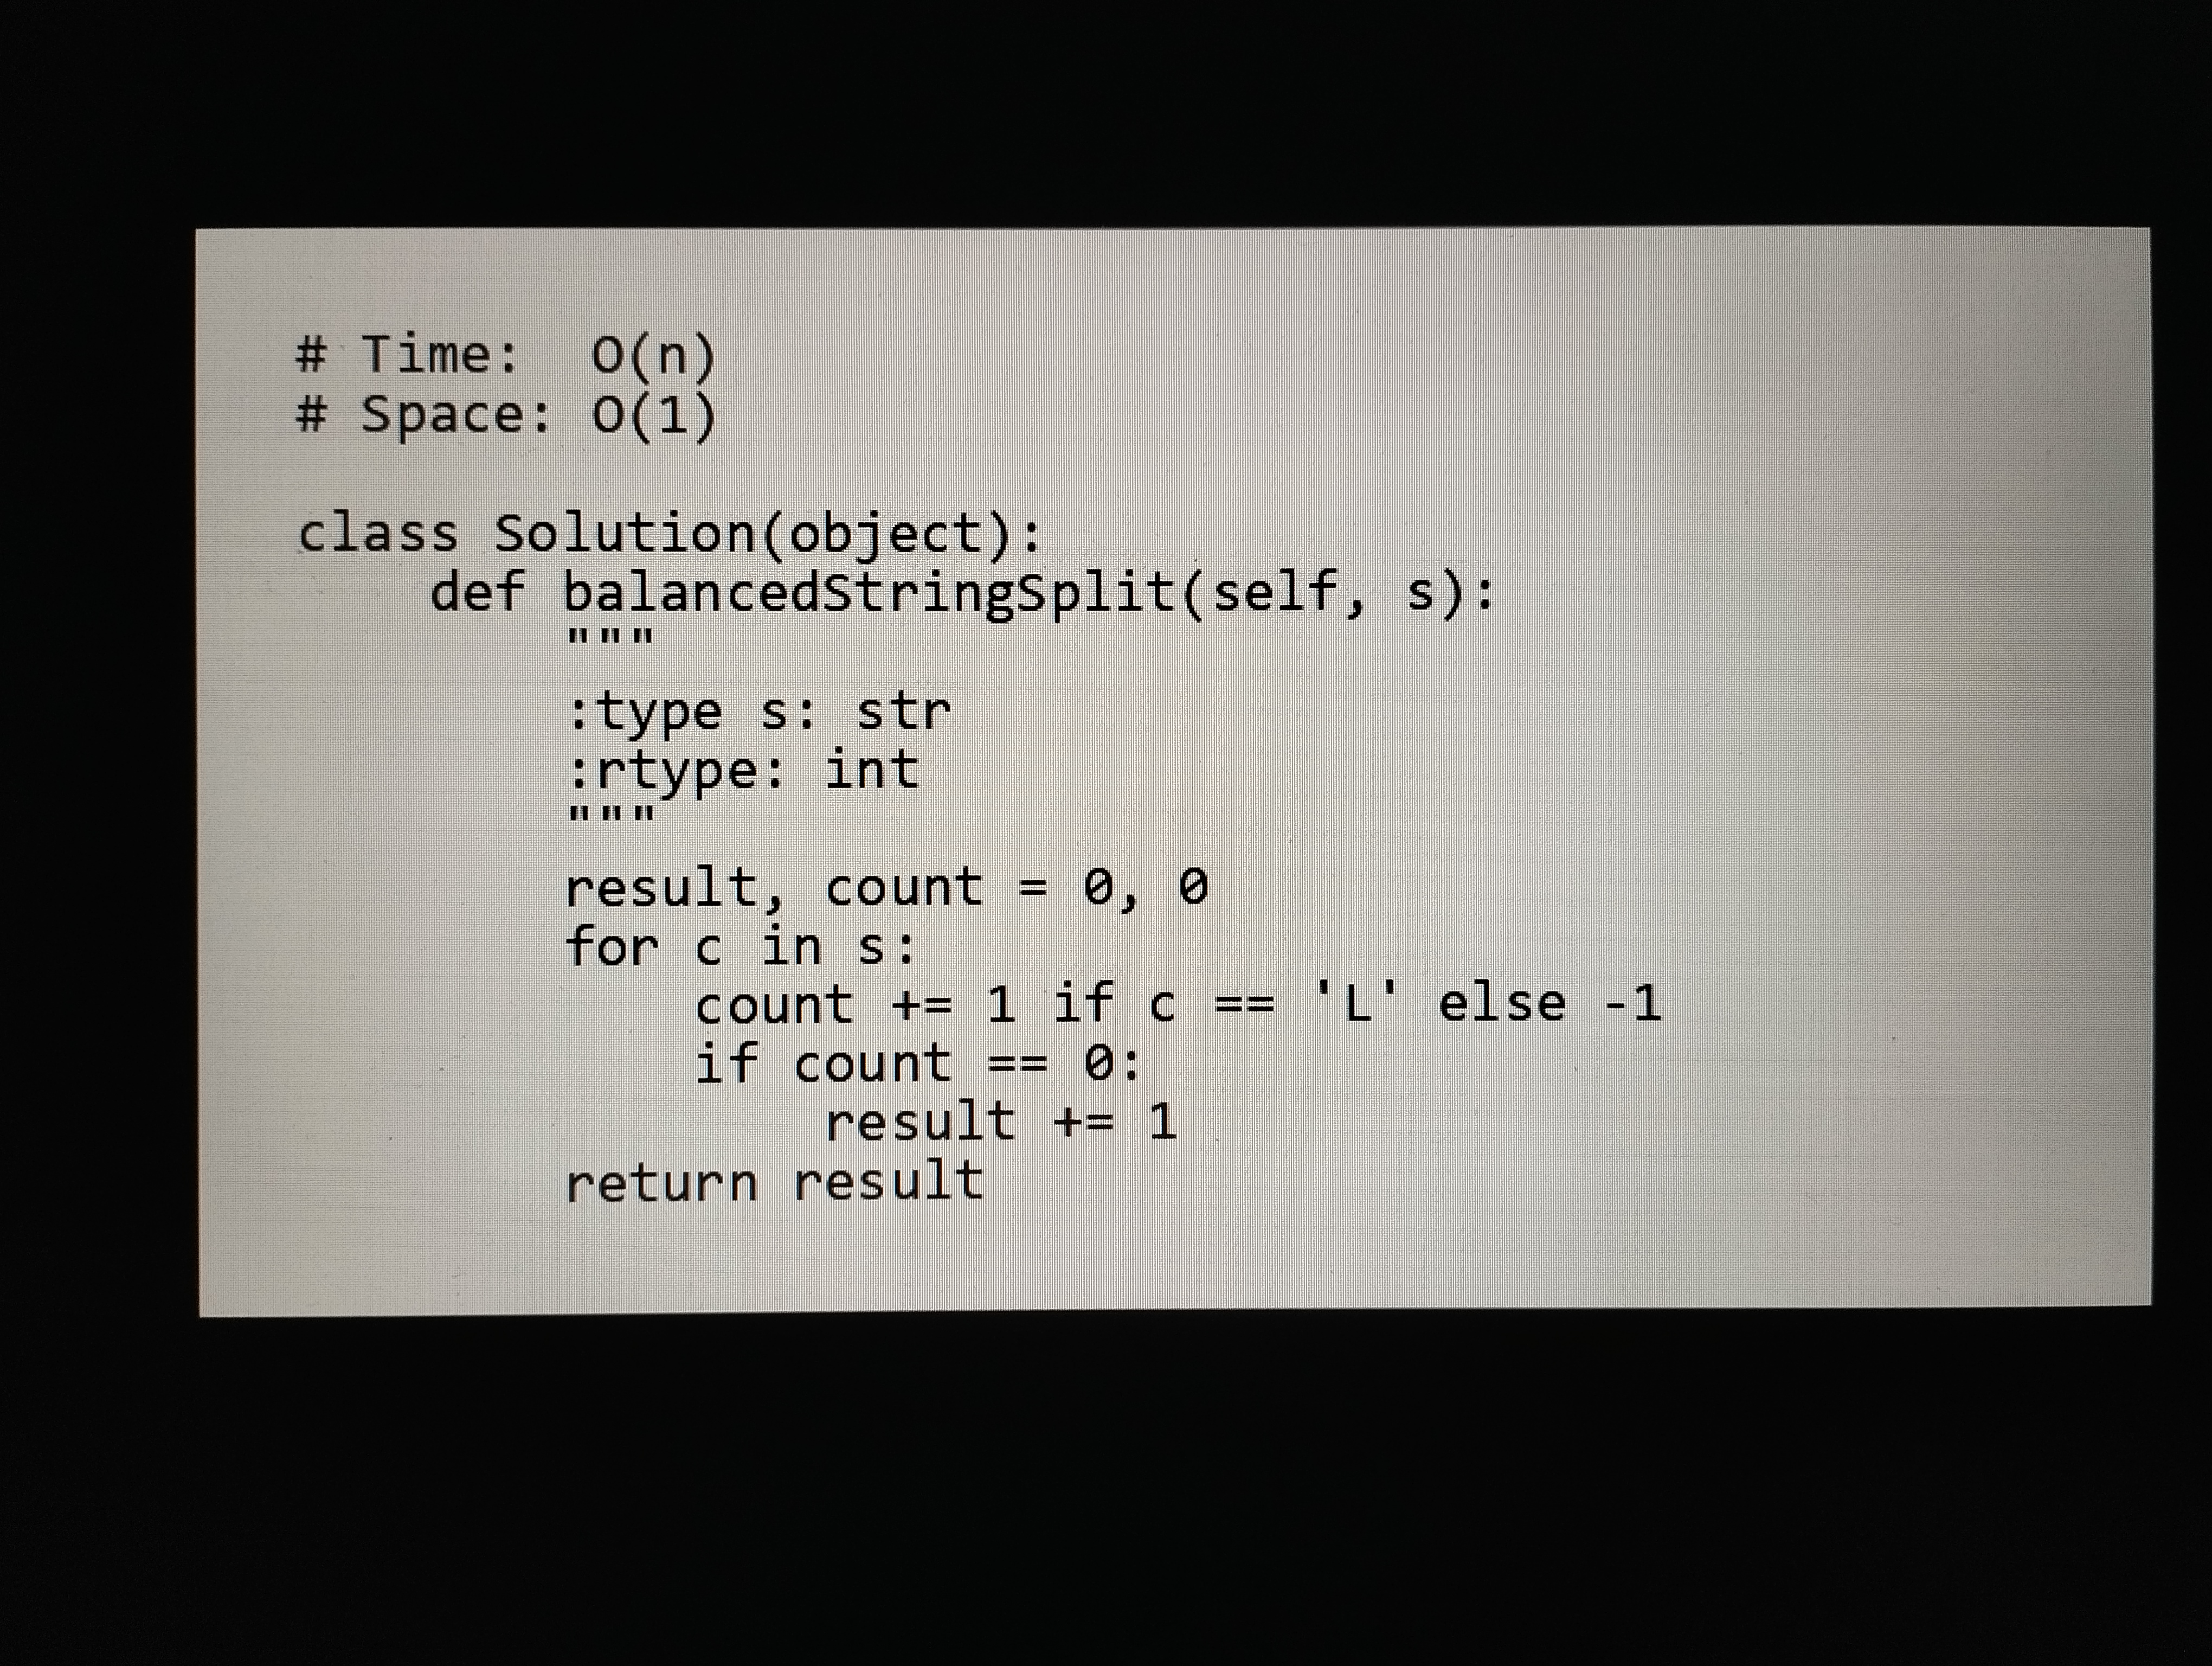
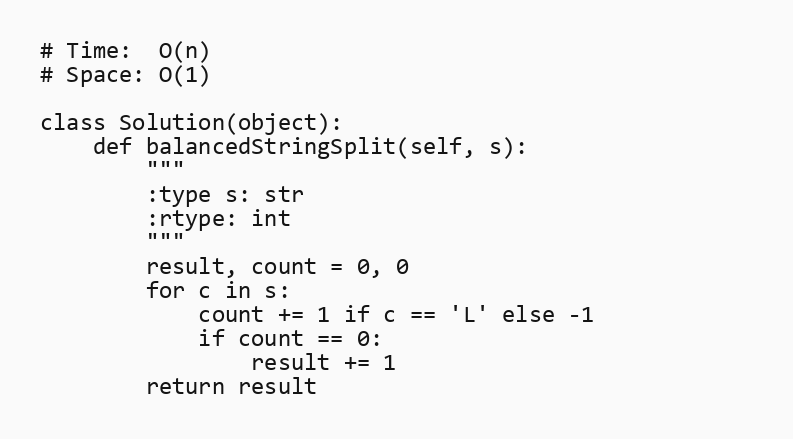
# Time:  O(n)
# Space: O(1)

class Solution(object):
    def balancedStringSplit(self, s):
        """
        :type s: str
        :rtype: int
        """
        result, count = 0, 0
        for c in s:
            count += 1 if c == 'L' else -1
            if count == 0:
                result += 1
        return result